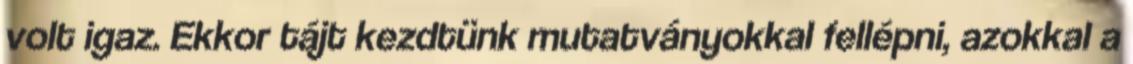
volt igaz. Ekkor tájt kezdtünk mutatványokkal fellépni, azokkal a